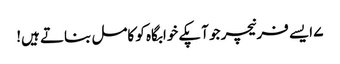
۷ ایسے فرنیچر جو آپکے خوابگاہ کو کامل بناتے ہیں!